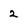
Character: 2